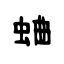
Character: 蛐